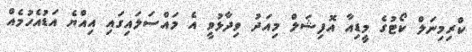
ކްރިމިނަލް ކޯޓުގެ މީޑިއާ އޮފިޝަލް މިއަދު ވިދާޅުވީ އެ މައްސަލައިގައި އިއްޔެ އަޑުއެހުމެއް